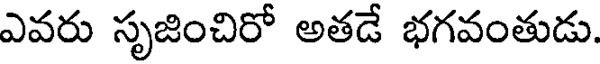
ఎవరు సృజించిరో అతడే భగవంతుడు.